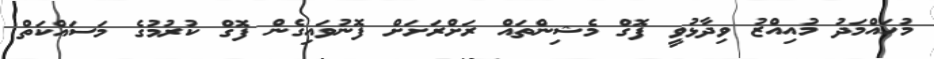
މުހައްމަދު މުއިއްޒު ވިދާޅުވީ ފޮގް މެޝިންތައް ރަށްރަށަށް ފޮނުވައިގެން ފޮގް ކުރުމުގެ މަސައްކަތް